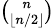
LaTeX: \scriptstyle{\binom{n}{\lfloor n/2\rfloor}}